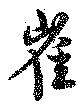
崔